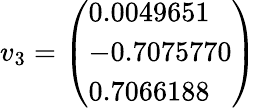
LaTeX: v_{3}={\left(\begin{array}{l}{0.0049651}\\ {-0.7075770}\\ {0.7066188}\end{array}\right)}